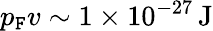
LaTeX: p_{\mathtt{F}}v\sim1\times10^{-27}\, \mathrm{{J}}